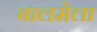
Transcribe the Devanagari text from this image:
बालमेला